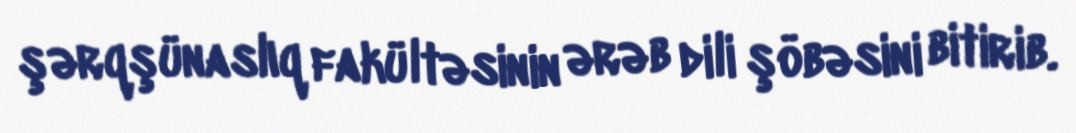
şərqşünaslıq fakültəsinin ərəb dili şöbəsini bitirib.